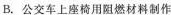
B.公交车上座椅用阻燃材料制作